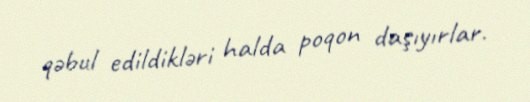
qəbul edildikləri halda poqon daşıyırlar.